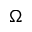
\Omega